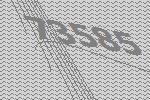
73585